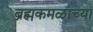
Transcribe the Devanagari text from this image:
ब्रह्मकमळाच्या